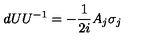
d U U ^ { - 1 } = - { \frac { 1 } { 2 i } } A _ { j } \sigma _ { j }